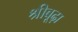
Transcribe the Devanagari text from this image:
श्रीबूढ़ा